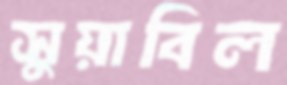
সুয়াবিল